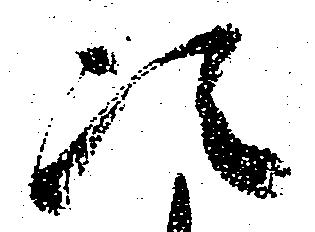
次